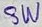
Text: SW